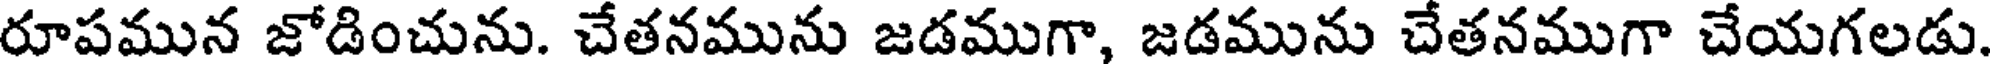
రూపమున జోడించును. చేతనమును జడముగా, జడమును చేతనముగా చేయగలడు